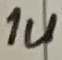
Text: 1u